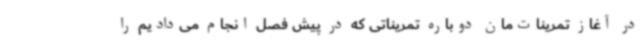
در آغاز تمرینات‌مان دوباره تمریناتی که در پیش فصل انجام می‌دادیم را